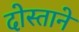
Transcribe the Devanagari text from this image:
दोस्ताने